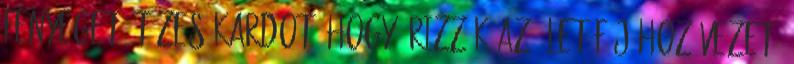
fenyegető tüzes kardot, hogy őrizzék az élet fájához vezető